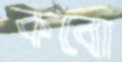
কবো